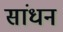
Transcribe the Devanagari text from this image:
सांधन